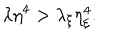
LaTeX: \lambda \eta ^ { 4 } > \lambda _ { \xi } \eta _ { \xi } ^ { 4 } .